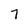
Character: 7